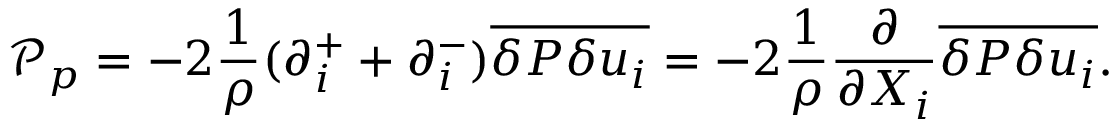
{ \mathcal P _ { p } } = - 2 \frac { 1 } { \rho } ( \partial _ { i } ^ { + } + \partial _ { i } ^ { - } ) \overline { { \delta P \delta u _ { i } } } = - 2 \frac { 1 } { \rho } \frac { \partial } { \partial { X _ { i } } } \overline { { \delta P \delta u _ { i } } } .